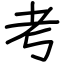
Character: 考